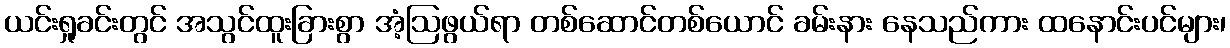
ယင်းရှုခင်းတွင် အသွင်ထူးခြားစွာ အံ့ဩဖွယ်ရာ တစ်ဆောင်တစ်ယောင် ခမ်းနား နေသည်ကား ထနောင်းပင်များ၊